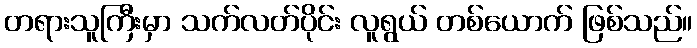
တရားသူကြီးမှာ သက်လတ်ပိုင်း လူရွယ် တစ်ယောက် ဖြစ်သည်။